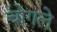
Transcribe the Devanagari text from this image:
चोगले